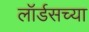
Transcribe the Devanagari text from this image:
लॉर्डसच्या